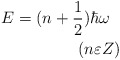
\begin{align*}E=(n+\frac{1}{2})\hbar\omega \ \ \\ (n\varepsilon Z)\end{align*}